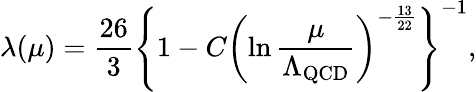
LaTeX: \lambda(\mu)=\frac{26}{3}\left\{ 1-C\left(\ln\frac{\mu}{\Lambda_{\mathrm{QCD}}}\right)^{-\frac{13}{22}}\right\} ^{-1},